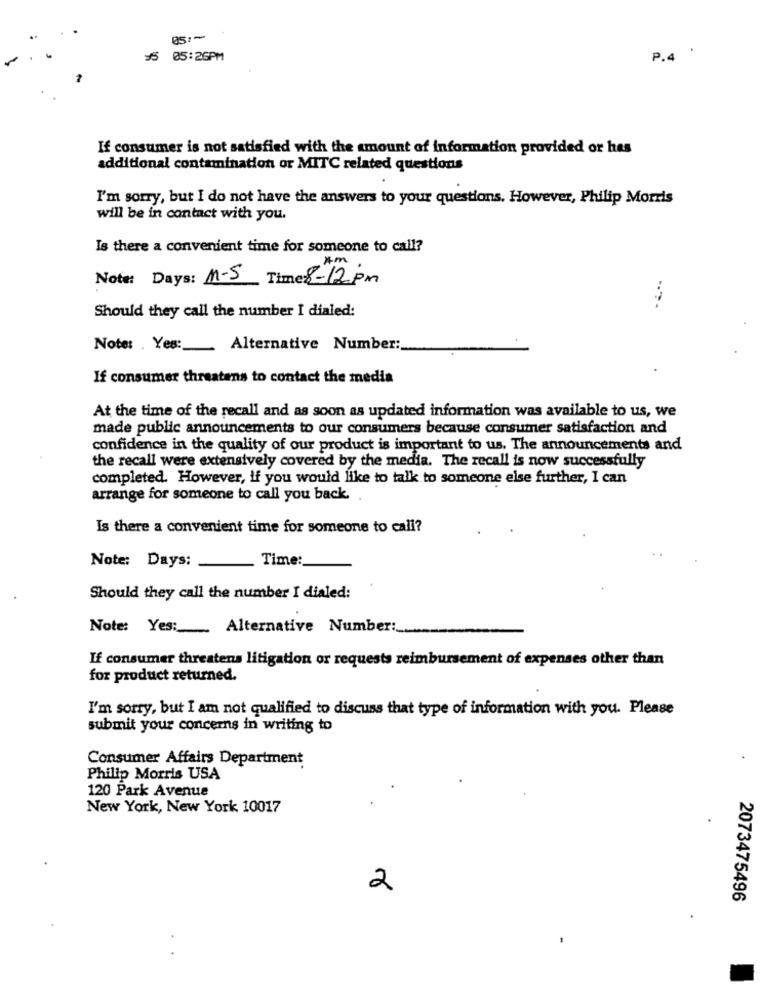
05:1
05:26PM
P.4
If consumer is not satisfied with the amount of information provided or hes
additional contamination or MITC related questions
I'm sorry, but I do not have the answers to your questions. However, Philip Morris
will be in contact with you.
Is there a convenient time for someone to call?
Am
Note: Days: 1-5 Time: 8-12 pm
Should they call the number I dialed:
Note: . Yes :_
Alternative Number:
If consumer threatens to contact the media
At the time of the recall and as soon as updated information was available to us, we
made public announcements to our consumers because consumer satisfaction and
confidence in the quality of our product is important to us. The announcements and
the recall were extensively covered by the media. The recall is now successfully
completed. However, if you would like to talk to someone else further, I can
arrange for someone to call you back.
Is there a convenient time for someone to call?
Note: Days:
Time:
Should they call the number I dialed:
Note: Yes:
Alternative Number :_
If consumer threatens litigation or requests reimbursement of expenses other than
for product returned.
I'm sorry, but I am not qualified to discuss that type of information with you. Please
submit your concerns in writing to
Consumer Affairs Department
Philip Morris USA
120 Park Avenue
New York, New York 10017
2
2073475496